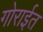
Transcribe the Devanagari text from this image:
गोराईत